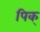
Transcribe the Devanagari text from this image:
पिक्